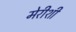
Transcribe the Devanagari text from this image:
मेरीशी